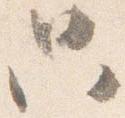
只